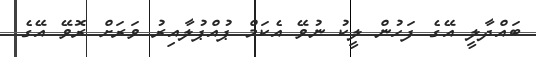
ބައްދާލީ އޭގެ ފަހުން ލީކު ނުވޭ އެކަމް ޕުއްޕުލާއިރު ވަރަށް ރޮވޭ އޭގެ